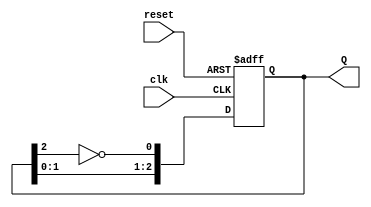
module JohnsonCounter #(parameter N = 3) (
    input wire clk,          // Clock signal
    input wire reset,        // Asynchronous reset signal
    output reg [N-1:0] Q     // Counter output
);

    // Internal signal to hold the inverted value of the last flip-flop
    wire feedback;

    // Assign feedback as the inverted value of the last flip-flop
    assign feedback = ~Q[N-1];

    // Sequential logic for the Johnson counter
    always @(posedge clk or posedge reset) begin
        if (reset) begin
            // Asynchronous reset: set all flip-flops to 0
            Q <= 0;
        end else begin
            // Shift the state and feed back the inverted value of Q[N-1]
            Q <= {Q[N-2:0], feedback};
        end
    end

endmodule